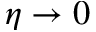
\eta \rightarrow 0